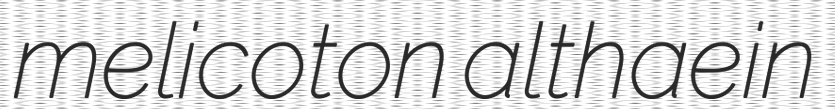
melicoton althaein